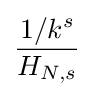
{\frac {1/k^{s}}{H_{N,s}}}